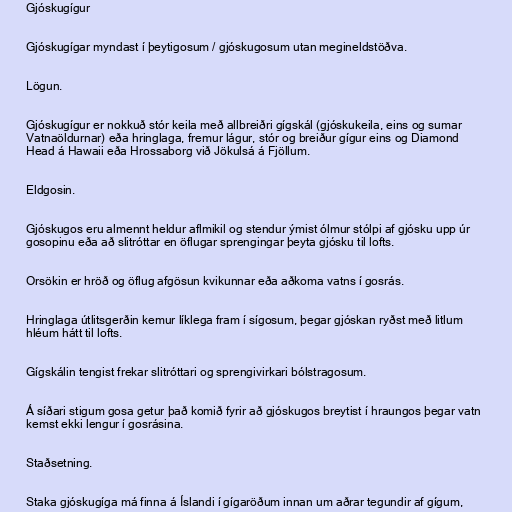
Gjóskugígur

Gjóskugígar myndast í þeytigosum / gjóskugosum utan megineldstöðva.

Lögun.

Gjóskugígur er nokkuð stór keila með allbreiðri gígskál (gjóskukeila, eins og sumar
Vatnaöldurnar) eða hringlaga, fremur lágur, stór og breiður gígur eins og Diamond
Head á Hawaii eða Hrossaborg við Jökulsá á Fjöllum.

Eldgosin.

Gjóskugos eru almennt heldur aflmikil og stendur ýmist ólmur stólpi af gjósku upp úr
gosopinu eða að slitróttar en öflugar sprengingar þeyta gjósku til lofts.

Orsökin er hröð og öflug afgösun kvikunnar eða aðkoma vatns í gosrás.

Hringlaga útlitsgerðin kemur líklega fram í sígosum, þegar gjóskan ryðst með litlum
hléum hátt til lofts.

Gígskálin tengist frekar slitróttari og sprengivirkari bólstragosum.

Á síðari stigum gosa getur það komið fyrir að gjóskugos breytist í hraungos þegar vatn
kemst ekki lengur í gosrásina.

Staðsetning.

Staka gjóskugíga má finna á Íslandi í gígaröðum innan um aðrar tegundir af gígum,